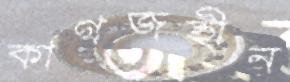
কাগজহীন